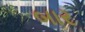
બાર